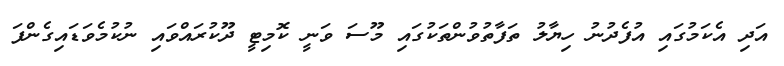
އަދި އެކަމުގައި އުފެދުނު ހިޔާލު ތަފާތުވުންތަކުގައި މޫސަ ވަނީ ކޮމިޓީ ދޫކުރައްވައި ނުކުމެވަޑައިގެންފަ